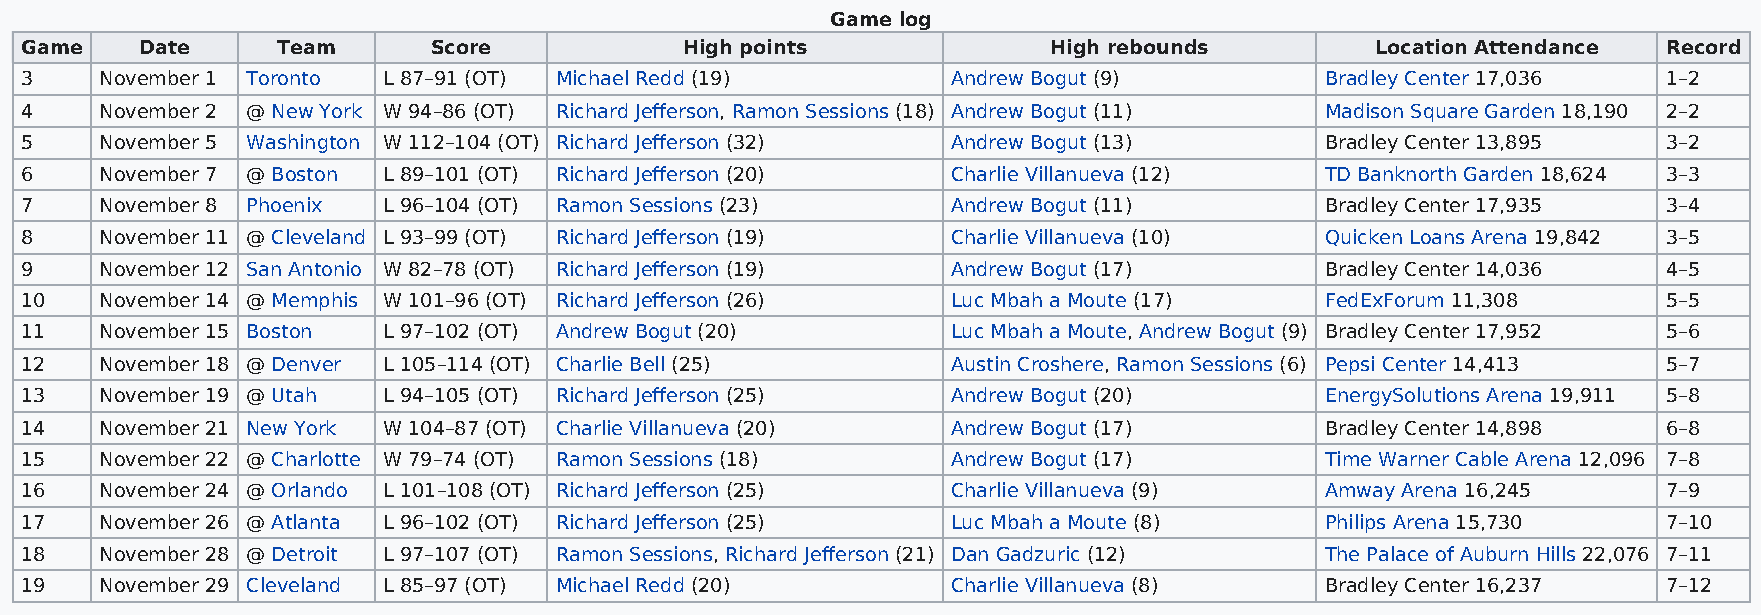
Game log
 Game    Date     Team       Score           High points             High rebounds         Location Attendance Record
 3     November 1 Toronto L 87–91 (OT) Michael Redd (19)       Andrew Bogut (9)         Bradley Center 17,036 1–2
 4     November 2 @ New York W 94–86 (OT) Richard Jefferson, Ramon Sessions (18) Andrew Bogut (11) Madison Square Garden 18,190 2–2
 5     November 5 Washington W 112–104 (OT) Richard Jefferson (32) Andrew Bogut (13)    Bradley Center 13,895 3–2
 6     November 7 @ Boston L 89–101 (OT) Richard Jefferson (20) Charlie Villanueva (12) TD Banknorth Garden 18,624 3–3
 7     November 8 Phoenix L 96–104 (OT) Ramon Sessions (23)    Andrew Bogut (11)        Bradley Center 17,935 3–4
 8     November 11 @ Cleveland L 93–99 (OT) Richard Jefferson (19) Charlie Villanueva (10) Quicken Loans Arena 19,842 3–5
 9     November 12 San Antonio W 82–78 (OT) Richard Jefferson (19) Andrew Bogut (17)    Bradley Center 14,036 4–5
 10    November 14 @ Memphis W 101–96 (OT) Richard Jefferson (26) Luc Mbah a Moute (17) FedExForum 11,308     5–5
 11    November 15 Boston L 97–102 (OT) Andrew Bogut (20)      Luc Mbah a Moute, Andrew Bogut (9) Bradley Center 17,952 5–6
 12    November 18 @ Denver L 105–114 (OT) Charlie Bell (25)   Austin Croshere, Ramon Sessions (6) Pepsi Center 14,413 5–7
 13    November 19 @ Utah L 94–105 (OT) Richard Jefferson (25) Andrew Bogut (20)        EnergySolutions Arena 19,911 5–8
 14    November 21 New York W 104–87 (OT) Charlie Villanueva (20) Andrew Bogut (17)     Bradley Center 14,898 6–8
 15    November 22 @ Charlotte W 79–74 (OT) Ramon Sessions (18) Andrew Bogut (17)       Time Warner Cable Arena 12,096 7–8
 16    November 24 @ Orlando L 101–108 (OT) Richard Jefferson (25) Charlie Villanueva (9) Amway Arena 16,245  7–9
 17    November 26 @ Atlanta L 96–102 (OT) Richard Jefferson (25) Luc Mbah a Moute (8)  Philips Arena 15,730  7–10
 18    November 28 @ Detroit L 97–107 (OT) Ramon Sessions, Richard Jefferson (21) Dan Gadzuric (12) The Palace of Auburn Hills 22,076 7–11
 19    November 29 Cleveland L 85–97 (OT) Michael Redd (20)    Charlie Villanueva (8)   Bradley Center 16,237 7–12